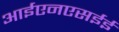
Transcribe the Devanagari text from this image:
आईएनएसईई